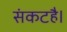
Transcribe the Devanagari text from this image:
संकटहै।